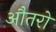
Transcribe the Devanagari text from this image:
औतरो